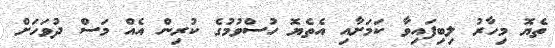
ތެޔޮ މިހާރު ލިބިފައިވާ ކަމަށާއި އެތެޔޮ ހުސްވުމުގެ ކުރިން އެއް މަސް ދުވަހަށް